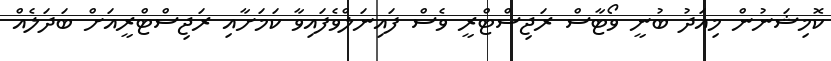
ކޮމިޝަނުން މިއަދު ބުނީ ވޯޓާސް ރަޖިސްޓްރީ ވެސް ފައިނަލްވެފައިވާ ކަމަށާއި ރަޖިސްޓްރީއަށް ބަދަލެއް